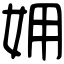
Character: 𡛾